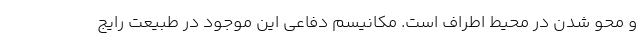
و محو شدن در محیط اطراف است. مکانیسم دفاعی این موجود در طبیعت رایج